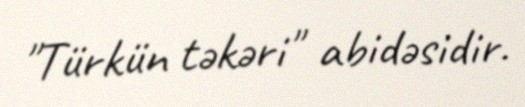
"Türkün təkəri" abidəsidir.